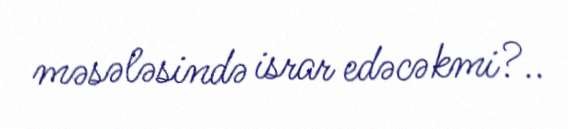
məsələsində israr edəcəkmi?..